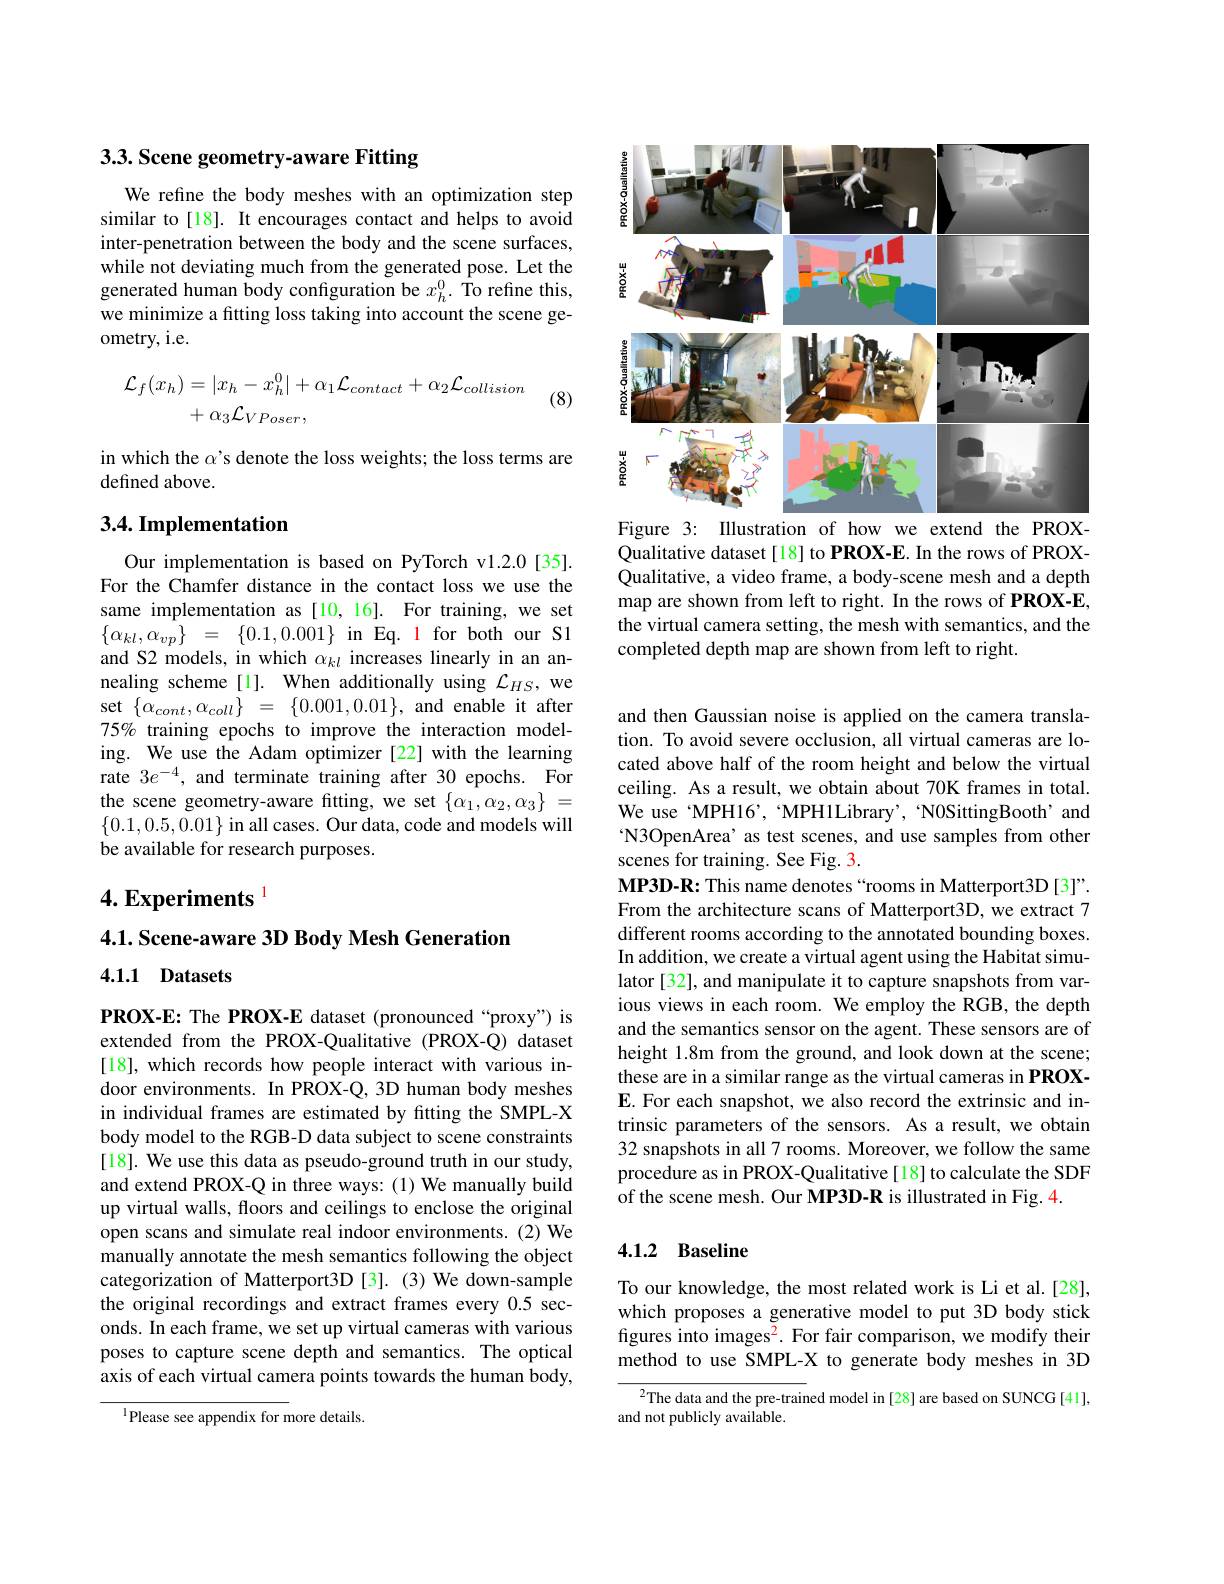
## 3.3. Scene geometry-aware Fitting

We refine the body meshes with an optimization step similar to[18]. It encourages contact and helps to avoid inter-penetration between the body and the scene surfaces, while not deviating much from the generated pose. Let the generated human body configuration be $x_h^0.$ To refine this, we minimize a fitting loss taking into account the scene geometry, i.e.
$$\begin{aligned}\mathcal{L}_{f}(x_{h})&=|x_{h}-x_{h}^{0}|+\alpha_{1}\mathcal{L}_{contact}+\alpha_{2}\mathcal{L}_{collision}\\&+\alpha_{3}\mathcal{L}_{VPoser},\end{aligned}$$
(8)

in which the $\alpha$'s denote the loss weights; the loss terms are
defined above.

### 3.4. Implementation

Our implementation is based on PyTorch v1.2.0[35]. For the Chamfer distance in the contact loss we use the same implementation as [10,16]. For training, we set $\{\alpha_{kl},\alpha_{vp}\}~=~\{0.1,0.001\}~$in Eq. 1 for both our S1 and S2 models, in which $\alpha_kl$ increases linearly in an annealing scheme[1]. When additionally using $\mathcal{L}_HS$, we set$\left\{\tilde{\alpha}_{cont},\alpha_{coll}\right\}={\{0.001,0.01\},\mathrm{and~enable~it~after}}$ 75% training epochs to improve the interaction modeling. We use the Adam optimizer [22] with the learning rate $3e^{-4}$, and terminate training after 30 epochs. For the scene geometry-aware fitting, we set $\{\alpha_1,\alpha_2,\alpha_3\}=$ $\{0.1,0.5,0.01\}$ in all cases. Our data, code and models will be available for research purposes.

4. Experiments $^{1}$

4.1. Scene-aware 3D Body Mesh Generation

4.1.1 Datasets

PROX-E: The PROX-E dataset (pronounced“proxy”) is extended from the PROX-Qualitative (PROX-Q) dataset [18], which records how people interact with various indoor environments. In PROX-Q, 3D human body meshes in individual frames are estimated by fitting the SMPL-X body model to the RGB-D data subject to scene constraints [18]. We use this data as pseudo-ground truth in our study, and extend PROX-Q in three ways: (1) We manually build up virtual walls, floors and ceilings to enclose the original open scans and simulate real indoor environments.(2)We manually annotate the mesh semantics following the object categorization of Matterport3D [3]. (3) We down-sample the original recordings and extract frames every 0.5 seconds. In each frame, we set up virtual cameras with various poses to capture scene depth and semantics. The optical axis of each virtual camera points towards the human body,

$^{\mathrm{l}}$Please see appendix for more details.

<FigureHere>
Figure 3: Illustration of how we extend the PROX-

Qualitative dataset[18] to PROX-E. In the rows of PROXQualitative, a video frame, a body-scene mesh and a depth map are shown from left to right. In the rows of PROX-E, the virtual camera setting, the mesh with semantics, and the completed depth map are shown from left to right.

and then Gaussian noise is applied on the camera translation. To avoid severe occlusion, all virtual cameras are located above half of the room height and below the virtual ceiling. As a result, we obtain about 70K frames in total. We use 'MPH16', MPH1Library', 'N0SittingBooth' and N3OpenArea’ as test scenes, and use samples from other scenes for training. See Fig. 3.
MP3D-R: This name denotes“rooms in Matterport3D[3]”. From the architecture scans of Matterport3D, we extract 7 different rooms according to the annotated bounding boxes. In addition, we create a virtual agent using the Habitat simulator [32], and manipulate it to capture snapshots from various views in each room. We employ the RGB, the depth and the semantics sensor on the agent. These sensors are of height 1.8m from the ground, and look down at the scene; these are in a similar range as the virtual cameras in PROX- $\mathbf{E}.$ For each snapshot, we also record the extrinsic and intrinsic parameters of the sensors. As a result, we obtain 32 snapshots in all 7 rooms. Moreover, we follow the same procedure as in PROX-Qualitative[18] to calculate the SDF of the scene mesh. Our MP3D-R is illustrated in Fig.4.

## 4.1.2 Baseline

To our knowledge, the most related work is Li et al.[28], which proposes a generative model to put 3D body stick figures into images$^2.$ For fair comparison, we modify their method to use SMPL-X to generate body meshes in 3D

${^{2}\text{The data and the pre-train}}$ed model in [28] are based on SUNCG [41],
and not publicly available.